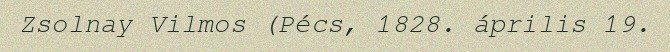
Zsolnay Vilmos (Pécs, 1828. április 19.